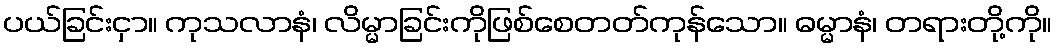
ပယ်ခြင်းငှာ။ ကုသလာနံ၊ လိမ္မာခြင်းကိုဖြစ်စေတတ်ကုန်သော။ ဓမ္မာနံ၊ တရားတို့ကို။